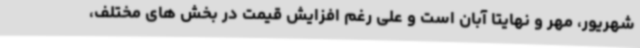
شهریور، مهر و نهایتا آبان است و علی رغم افزایش قیمت در بخش های مختلف،